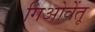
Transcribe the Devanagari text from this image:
गिओवेंतू